Problem: 30 + 48 = ?
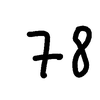
Handwritten answer: 78